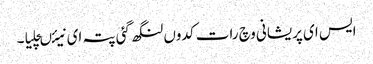
ایس ای پریشانی وچ رات کدوں لنگھ گئی پتہ ای نیئںچلیا۔